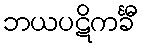
ဘယပဋိကင်္ခီ